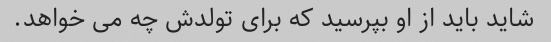
شاید باید از او بپرسید که برای تولدش چه می خواهد.